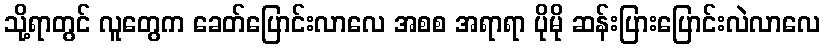
သို့ရာတွင် လူတွေက ခေတ်ပြောင်းလာလေ အစစ အရာရာ ပိုမို ဆန်းပြားပြောင်းလဲလာလေ